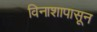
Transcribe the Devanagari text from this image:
विनाशापासून